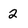
Character: 2